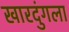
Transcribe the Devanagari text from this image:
खारदुंगला